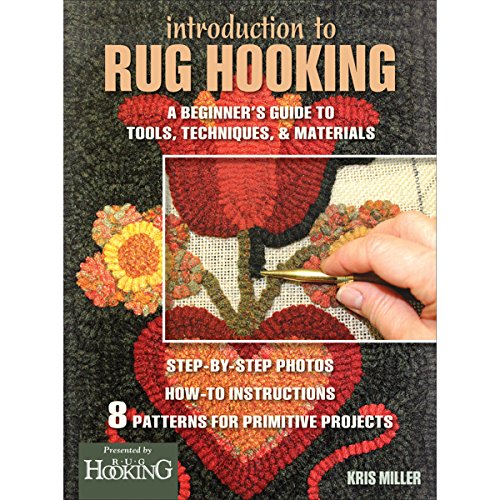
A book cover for Introduction to Rug Hooking: A Beginner's Guide to Tools, Techniques, and Materials; Kris Miller; Crafts, Hobbies & Home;